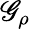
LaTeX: \mathscr{G}_{\rho}